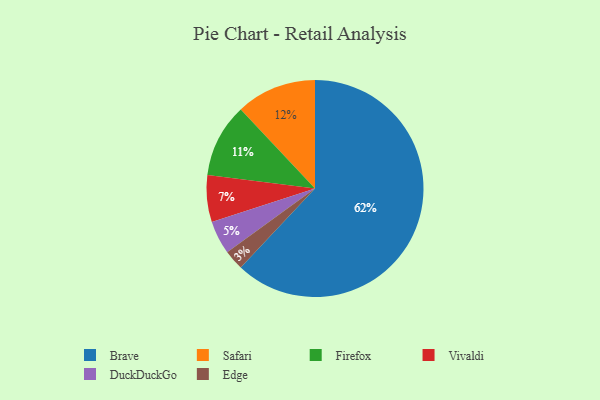
{"axis": {"x": "Category", "y": "Percentage"}, "legend": ["Brave", "DuckDuckGo", "Edge", "Firefox", "Safari", "Vivaldi"], "data": [{"x": "Vivaldi", "y": 7, "type": "Vivaldi"}, {"x": "DuckDuckGo", "y": 5, "type": "DuckDuckGo"}, {"x": "Firefox", "y": 11, "type": "Firefox"}, {"x": "Safari", "y": 12, "type": "Safari"}, {"x": "Edge", "y": 3, "type": "Edge"}, {"x": "Brave", "y": 62, "type": "Brave"}]}